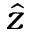
\hat { z }